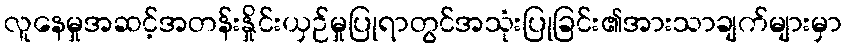
လူနေမှုအဆင့်အတန်းနှိုင်းယှဉ်မှုပြုရာတွင်အသုံးပြုခြင်း၏အားသာချက်များမှာ